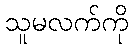
သူမလက်ကို